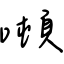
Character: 噸